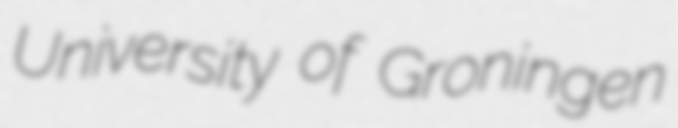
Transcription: University of Groningen